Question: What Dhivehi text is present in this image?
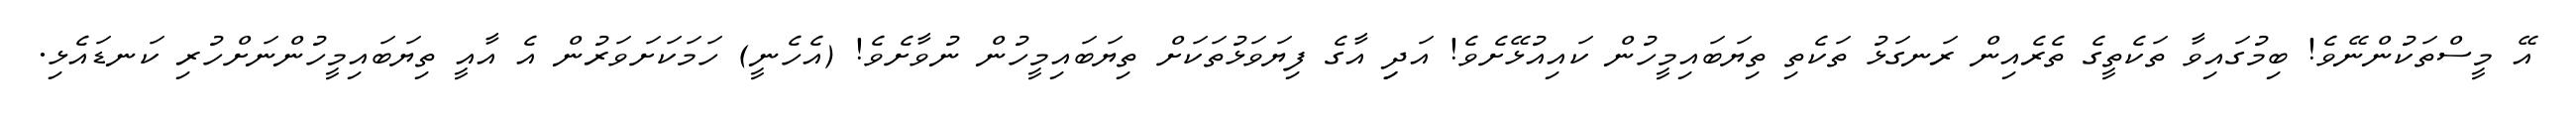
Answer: އޭ މީސްތަކުންނޭވެ! ބިމުގައިވާ ތަކެތީގެ ތެރެއިން ރަނގަޅު ތަކެތި ތިޔަބައިމީހުން ކައިއުޅޭށެވެ! އަދިި އާގެ ފިޔަވަޅުތަކަށް ތިޔަބައިމީހުން ނުވާށެވެ! (އެހެނީ) ހަމަކަށަވަރުން އެ އާއީ ތިޔަބައިމީހުންނަށްހުރި ކަނޑައެޅި.